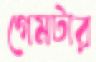
গেমটার